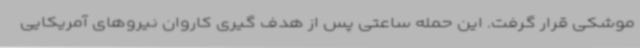
موشکی قرار گرفت. این حمله ساعتی پس از هدف گیری کاروان نیروهای آمریکایی